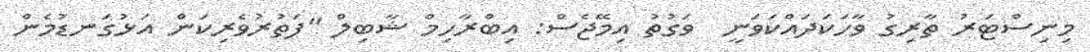
މިނިސްޓަރު ތާރިގު ވާހަކަދައްކަވަނީ  ވަގުތު އިމޭޖެސް: އިބްރާހިމް ޝާބިލް "ފަތުރުވެރިކަން އަޅުގަނޑުމެން